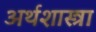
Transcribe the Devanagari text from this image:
अर्थशास्त्रा